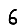
Digit: 6